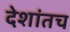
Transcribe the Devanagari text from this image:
देशांतच